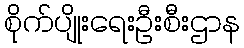
စိုက်ပျိုးရေးဦးစီးဌာန